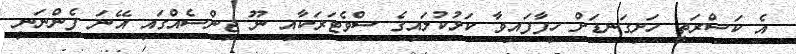
އެ ކަސްރަތީ ހަށިގަނޑަށް ހިފާފައިވާ ކަޅުކުލައިގެ ސްވެޓަރަކާއި ނޫ ޖިންސެއްގައި އޭނަ ފެންނަނީ